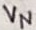
Text: VN